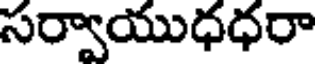
సర్వాయుధధరా